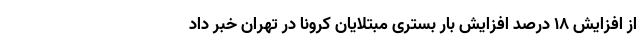
از افزایش ۱۸ درصد افزایش بار بستری مبتلایان کرونا در تهران خبر داد